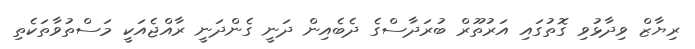
ރިޔާޒް ވިދާޅުވި ގޮތުގައި އަރުތޫރް ބުރަދާސްގެ ދެބެއިން ދަނީ ގެންދަނީ ރާއްޖެއަކީ މަސްތުވާތަކެތި